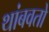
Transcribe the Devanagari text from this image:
थांबवतो